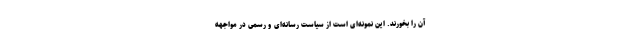
آن را بخورند. این نمونه‌ای است از سیاست رسانه‌ای و رسمی در مواجهه